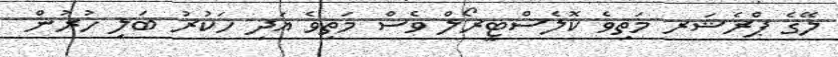
ލޭގެ ޕްރެޝަރ މަތިވެ ކޮލެސްޓީރޯލް ވެސް މަތިވެ އަދި ހަކުރު ބަލި ހުރުން